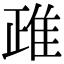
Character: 𨾖